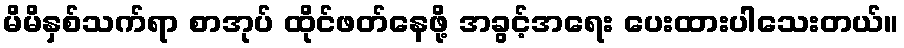
မိမိနှစ်သက်ရာ စာအုပ် ထိုင်ဖတ်နေဖို့ အခွင့်အရေး ပေးထားပါသေးတယ်။